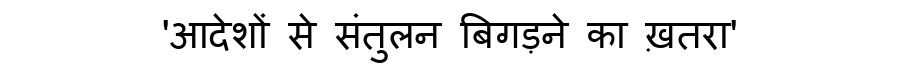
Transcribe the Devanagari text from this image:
'आदेशों से संतुलन बिगड़ने का ख़तरा'